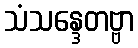
သံသန္ဒေတဗ္ဗာ